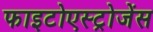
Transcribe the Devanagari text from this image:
फाइटोएस्ट्रोजेंस